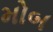
મોબ